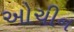
ઓચીન